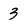
Character: 3